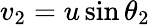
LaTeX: v_{2}=u\sin\theta_{2}